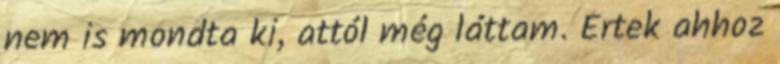
nem is mondta ki, attól még láttam. Értek ahhoz